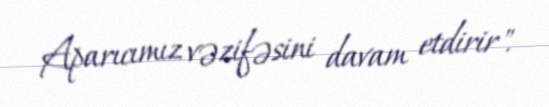
Aparıcımız vəzifəsini davam etdirir".